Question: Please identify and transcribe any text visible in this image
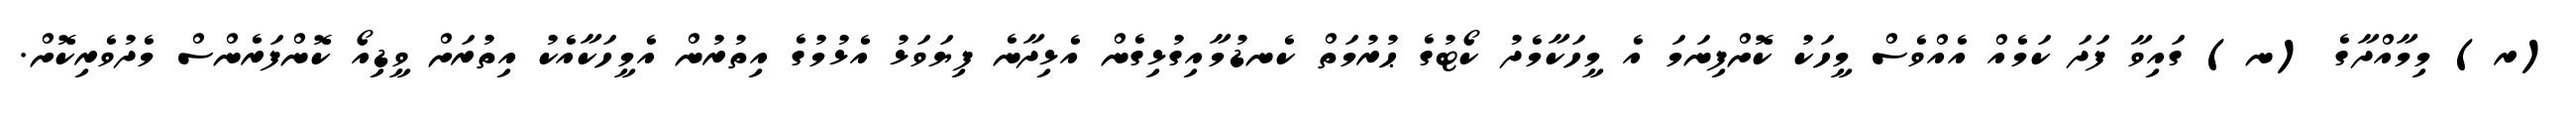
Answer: (ރ) މިމާއްދާގެ (ނ) ގައިވާ ފަދަ ކަމެއް އެއްވެސް މީހަކު ކޮށްފިނަމަ އެ މީހަކާމެދު ކޯޓުގެ ޙުރުމަތް ކެނޑުމާއިގުޅިގެން އެޅިދާނެ ފިޔަވަޅު އެޅުމުގެ އިތުރުން އެމީހަކާއެކު އިތުރަށް ވީޑިއޯ ކޮންފަރެންސް މެދުވެރިކޮށް.